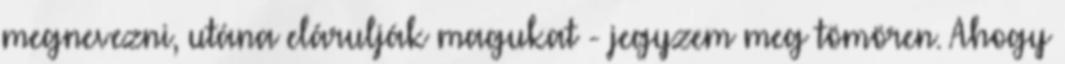
megnevezni, utána elárulják magukat - jegyzem meg tömören. Ahogy